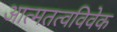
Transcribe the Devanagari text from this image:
आत्मतत्वविवेक